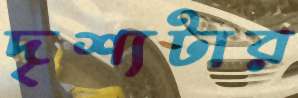
দৃশ্যটার